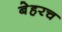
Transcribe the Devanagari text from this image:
बेहरच